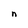
Character: n